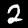
Digit: 2